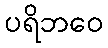
ပရိဘဝေ